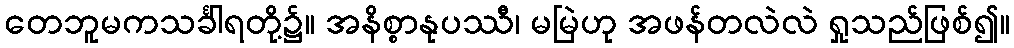
တေဘူမကသင်္ခါရတို့၌။ အနိစ္စာနုပဿီ၊ မမြဲဟု အဖန်တလဲလဲ ရှုသည်ဖြစ်၍။